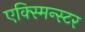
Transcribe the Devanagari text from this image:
एक्स्मिन्स्टर